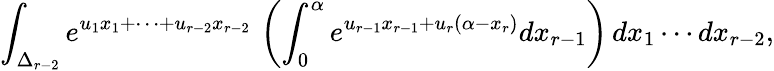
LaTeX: \int_{\Delta_{r-2}}e^{u_{1}x_{1}+\cdots+u_{r-2}x_{r-2}}\, \left(\int_{0}^{\alpha}e^{u_{r-1}x_{r-1}+u_{r}(\alpha-x_{r})}dx_{r-1}\right)\, dx_{1}\cdots dx_{r-2},